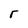
Character: r